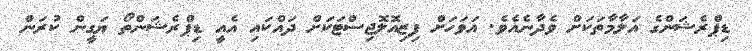
ޑިޕްރެޝަންގެ އަލާމާތަކަށް ވެދާނެއެވެ. އަވަހަށް ފިޒިއޮލޮޖިސްޓަކަށް ދައްކައި އެއީ ޑިޕްރެޝަންތޯ ޔަގީން ކުރަން